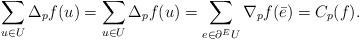
LaTeX: \begin{align*}\sum_{u\in U}\Delta_p f(u)=\sum_{u\in U}\Delta_p f(u)=\sum_{e\in \partial^E U} \nabla_p f(\bar{e})=C_p(f). \end{align*}